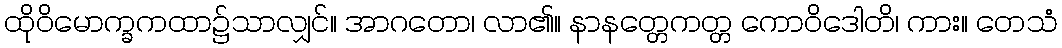
ထိုဝိမောက္ခကထာ၌သာလျှင်။ အာဂတော၊ လာ၏။ နာနတ္တေကတ္တ ကောဝိဒေါတိ၊ ကား။ တေသံ